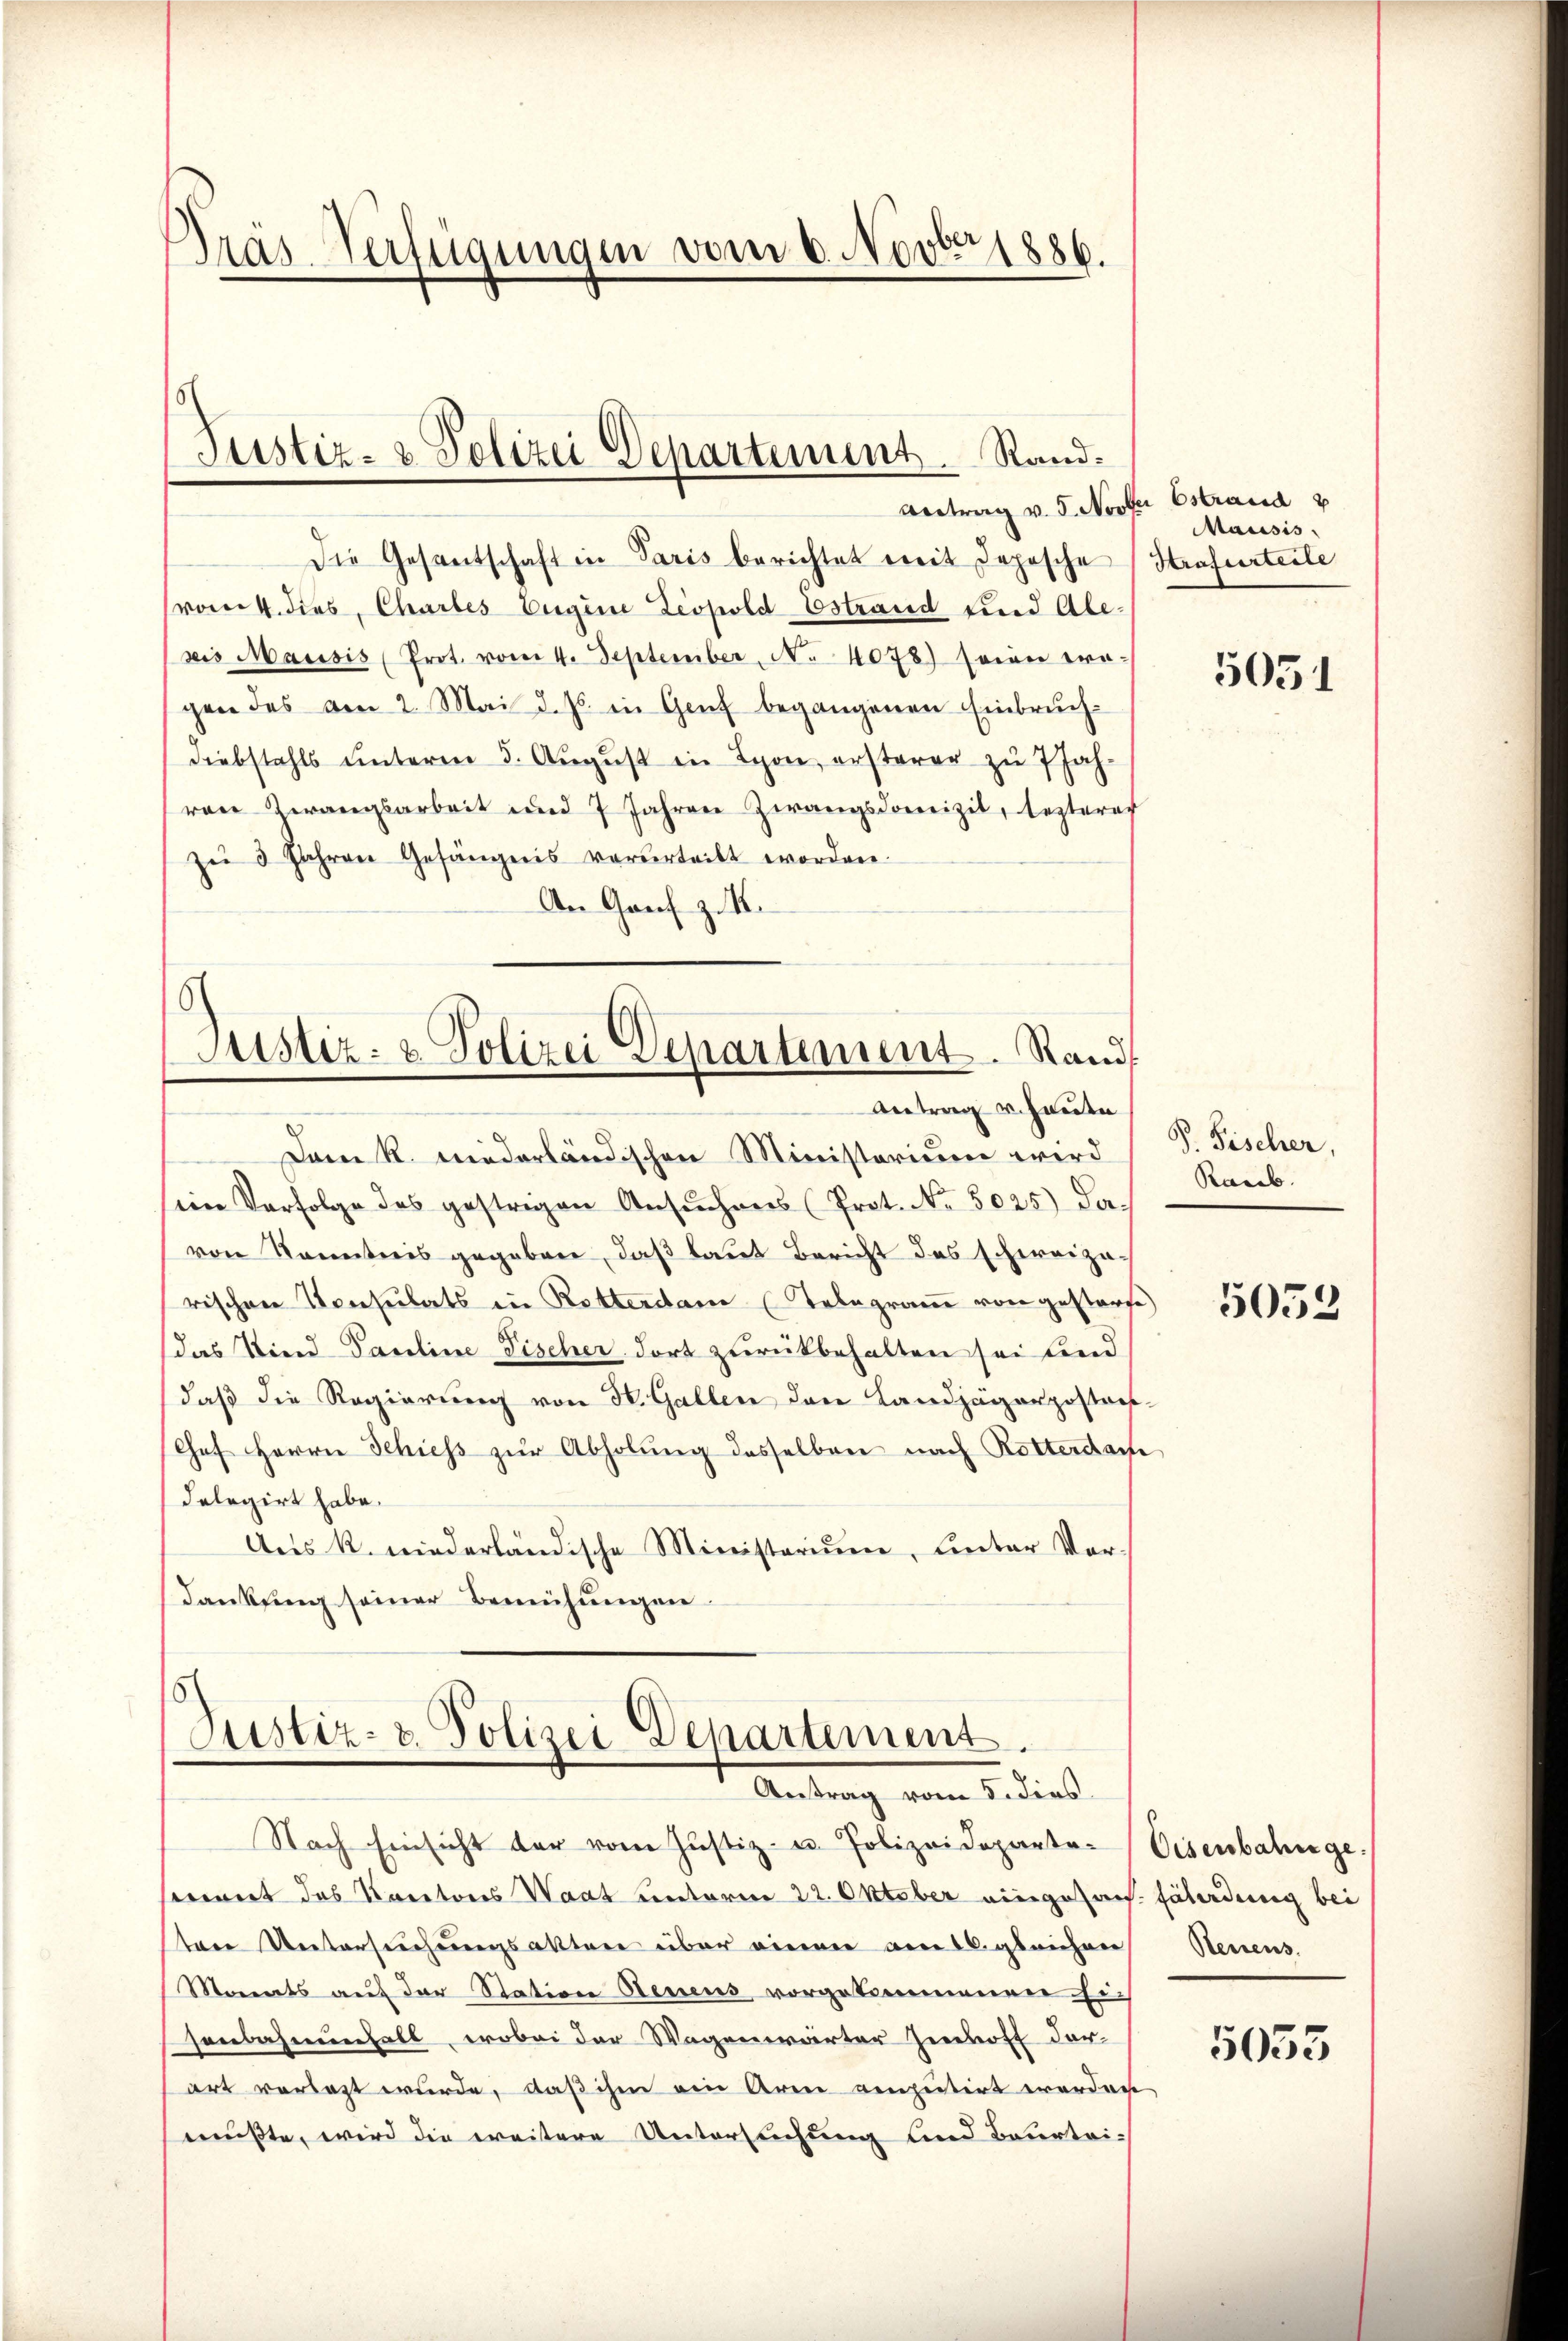
Dräs-Verfügungen vom 6. Nov. 1886.

Justiz- & Polizei Departement. Rand¬

Die Gesantschaft in Paris berichtet mit deposche Strafurteile
(vom 4. dies, Chartes Eigene Leopold Estrand und Ale-
bis Mausis Prot. vom 4. September, No 4078) seien tra-
gen des am 2. Mai d. Js. in Genf begangenen Einbruchdiebstahls ŭnterm 5. Aŭgŭst in Lyon, ersterer zŭ 7 Jah-
rare Zwangsarbeit und 7 Jahren Zwangsdomizil, lezteres
zŭ 3 Jahren Gefängnis vorderteilt worden.
An Genf z. B.

8
Justiz- & Polizei Departement. Rand
Antrag v. heute

Justiz- & Polizei Departement.
Antrag vom 5. dies

Antrag v. 5. Novber Estraud v
Mausis.

Dann R. niederländischen Ministerium wird
sein Verfolge des gestrigen Ansŭchens (Prot. No. 5025) da-
von Kenntnis gegeben, daß laut Bericht das schweizarischen Konsulats in Rettendam (Telegramm von gestorfe
das Kind Pauline Fischer dort zurückbehalten sei und
daß die Regierung von H. Gallen den Landjägerpostors-
Chef Herrn Schiess zur Abholung desselben nach Rotterdach
delegirt habe.
Aus K. niederländische Ministerium, Linter Vor
Dankung seiner Bemühungen.

Nach Einsicht der vom Justiz- u. Polizeideparte Eisenbahngeseinert des Kantons Waat unterm 22. Oktober eingesach- fährdung bei
tere Untersuchungsakten über einen am 16. gleichen
Monats auf der Station denens vorgekommenen Ei
senbahnungall, wobei der Wagenwärter Einhoff darart verlast wurde, daß ihm ein Arm venputirt werden
mußte, wird die weitere Untersuchung und Beurtei-

5051

P. Fischer,
Raub.

5053

Renens.

5033